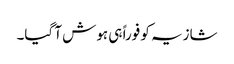
شازیہ کو فوراً ہی ہوش آ گیا۔